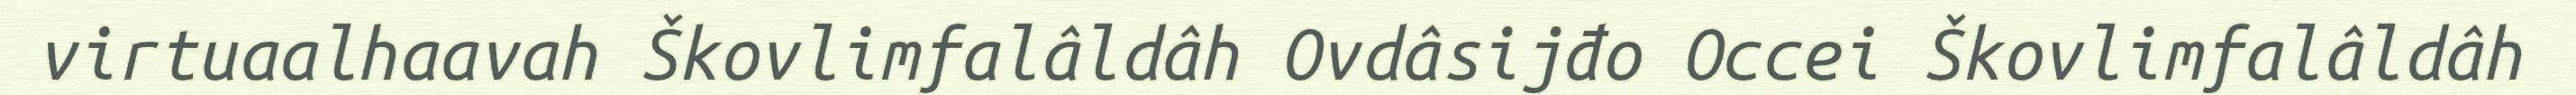
virtuaalhaavah Škovlimfalâldâh Ovdâsijđo Occei Škovlimfalâldâh